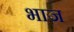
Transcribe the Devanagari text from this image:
भाज